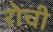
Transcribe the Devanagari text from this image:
रोची